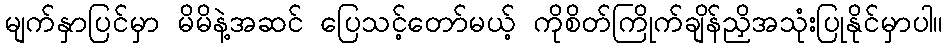
မျက်နှာပြင်မှာ မိမိနဲ့အဆင် ပြေသင့်တော်မယ့် ကိုစိတ်ကြိုက်ချိန်ညှိအသုံးပြုနိုင်မှာပါ။